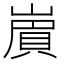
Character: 𧶑